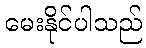
မေးနိုင်ပါသည်